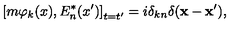
\left[ m \varphi _ { k } ( x ) , E _ { n } ^ { * } ( x ^ { \prime } ) \right] _ { t = t ^ { \prime } } = i \delta _ { k n } \delta ( \mathbf { x } - \mathbf { x } ^ { \prime } ) ,